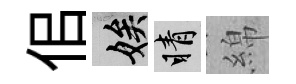
佀娭睛綿